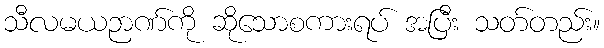
သီလမယဉာဏ်ကို ဆိုသောစကားရပ် အပြီး သတ်တည်း။